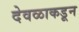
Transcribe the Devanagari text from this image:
देवळाकडून